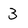
Character: 3